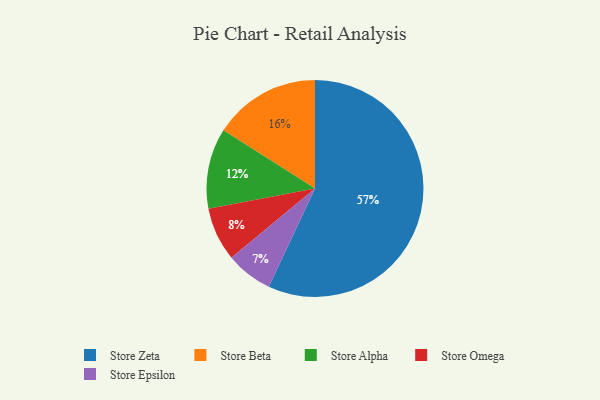
{"axis": {"x": "Category", "y": "Percentage"}, "legend": ["Store Alpha", "Store Beta", "Store Epsilon", "Store Omega", "Store Zeta"], "data": [{"x": "Store Zeta", "y": 57, "type": "Store Zeta"}, {"x": "Store Beta", "y": 16, "type": "Store Beta"}, {"x": "Store Epsilon", "y": 7, "type": "Store Epsilon"}, {"x": "Store Alpha", "y": 12, "type": "Store Alpha"}, {"x": "Store Omega", "y": 8, "type": "Store Omega"}]}